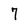
Character: 7